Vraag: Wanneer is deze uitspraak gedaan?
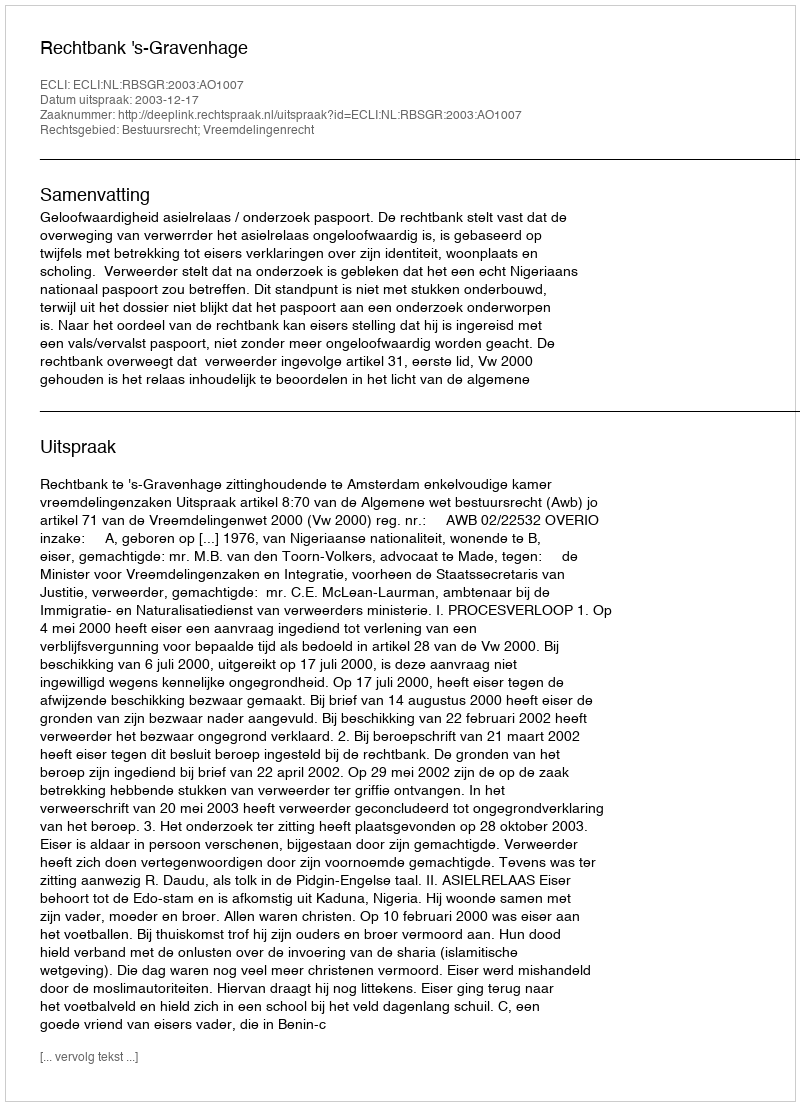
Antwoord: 2003-12-17